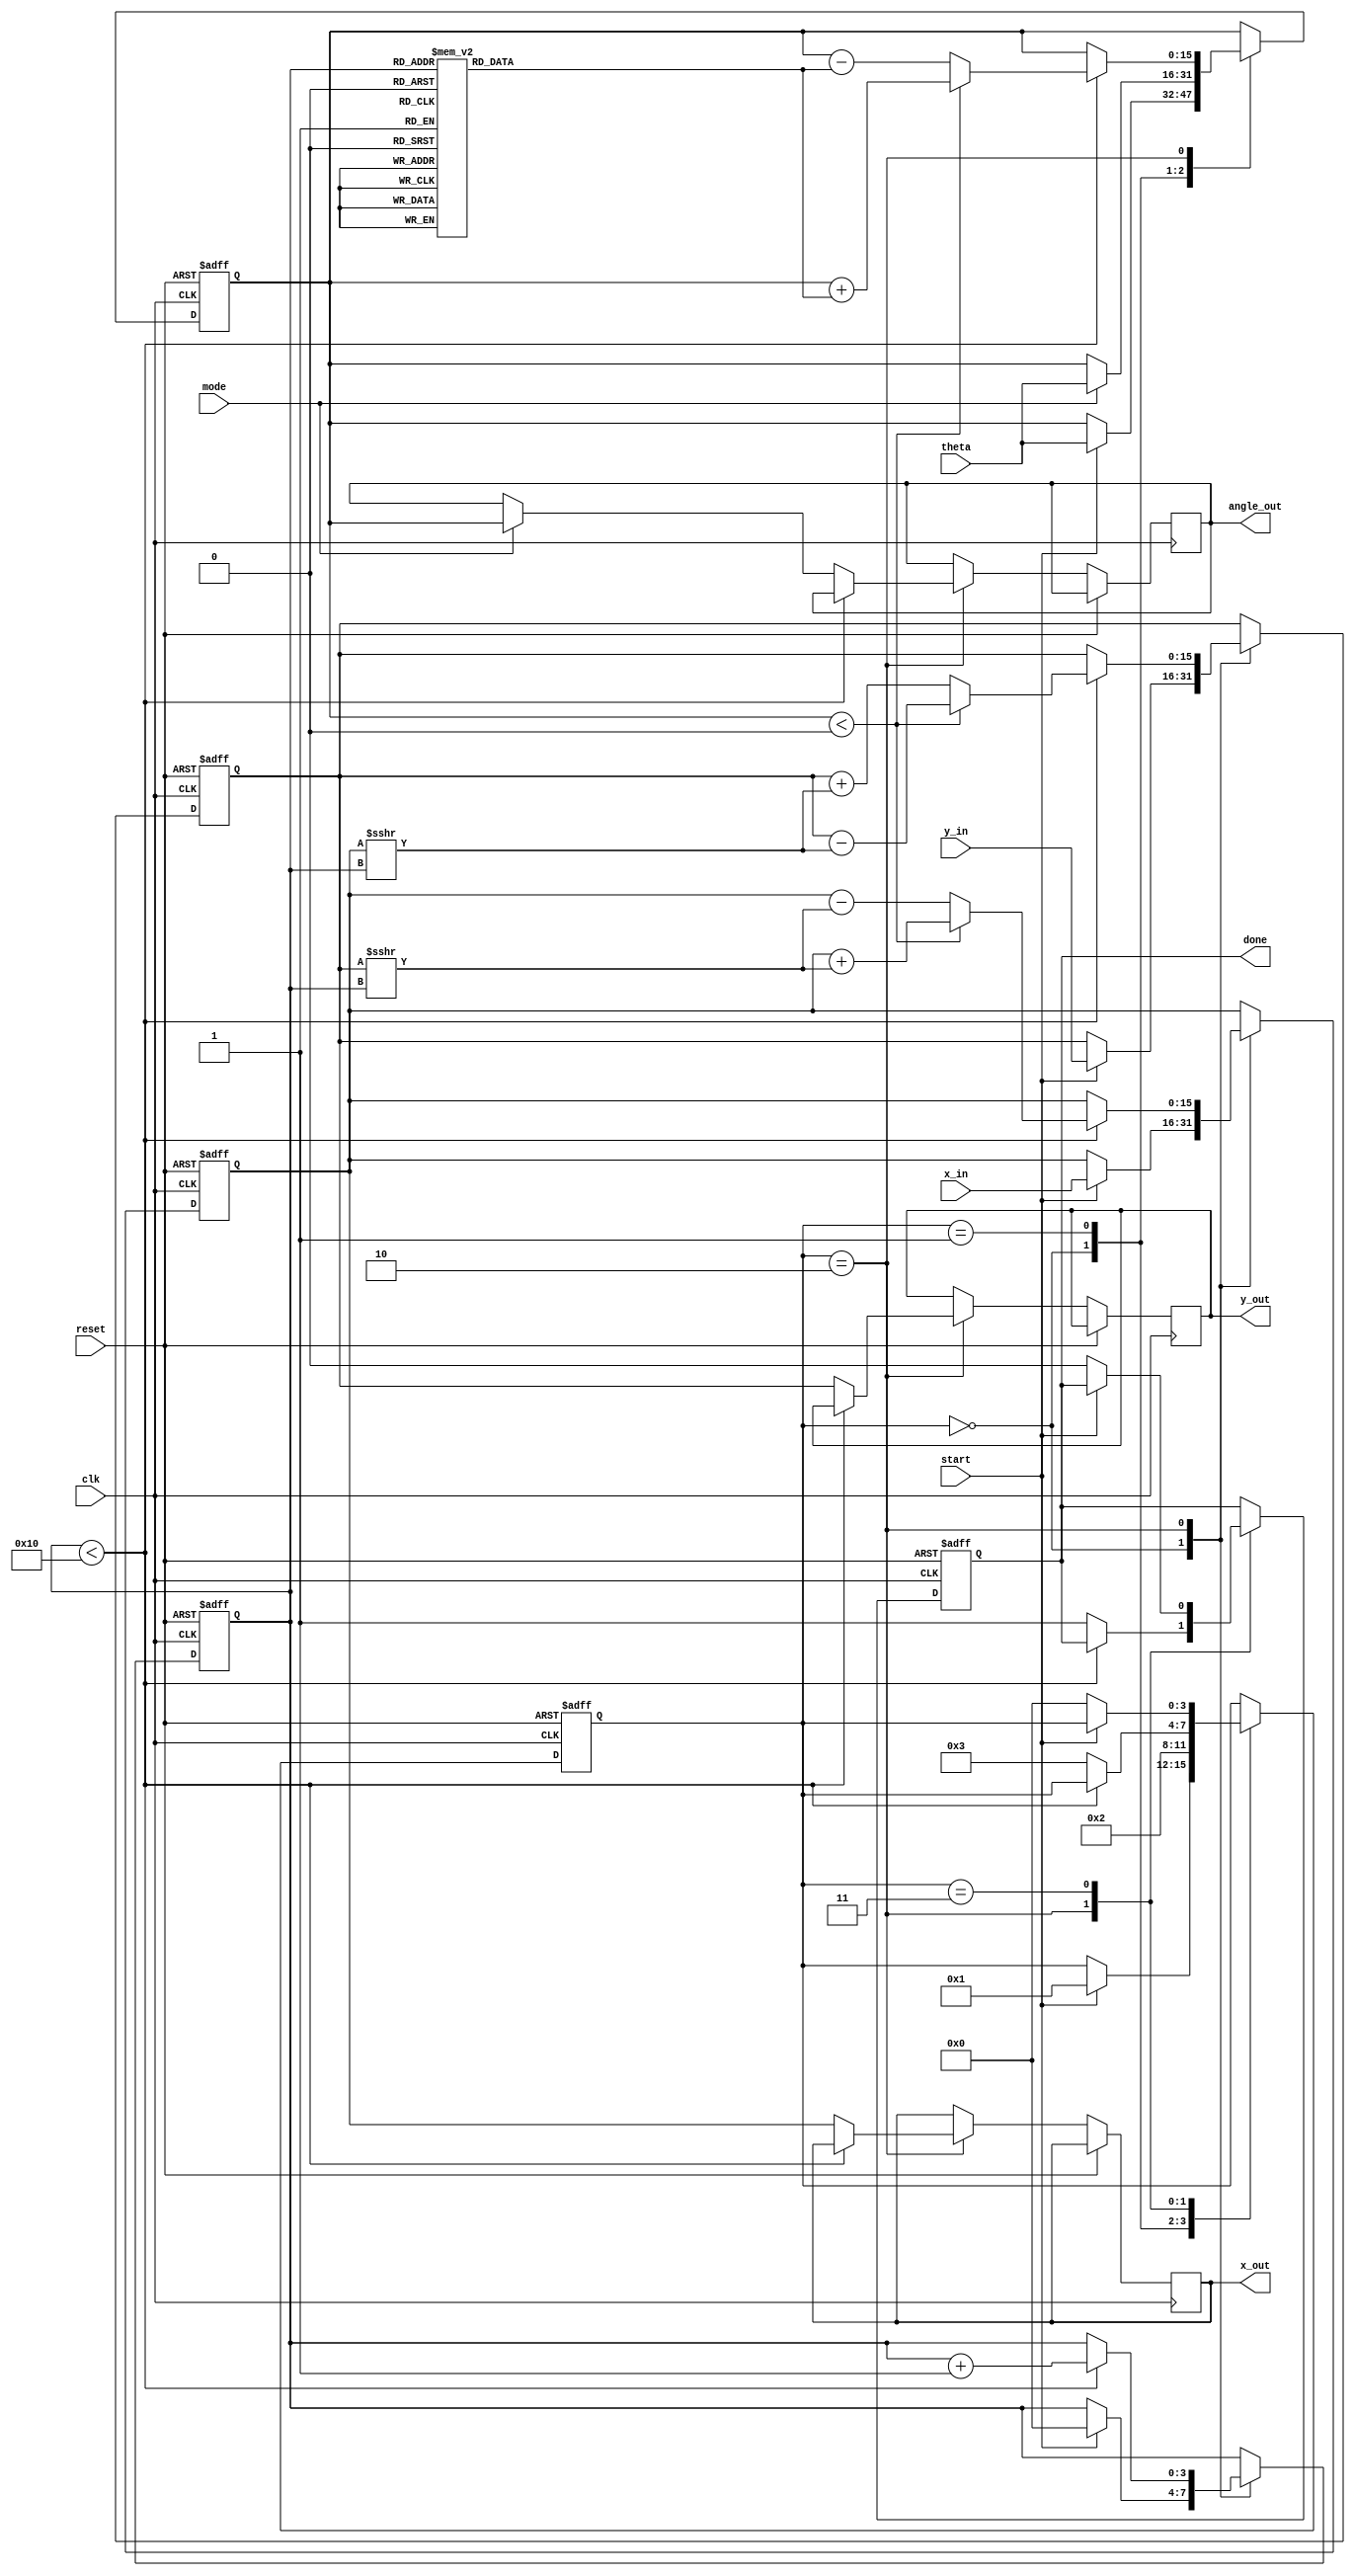
module modified_cordic (
    input wire clk,
    input wire reset,
    input wire start,
    input wire [15:0] theta, // Input angle in fixed-point format
    input wire [15:0] x_in,  // Initial X vector
    input wire [15:0] y_in,  // Initial Y vector
    input wire mode,         // 0 for rotation, 1 for vectoring
    output reg [15:0] x_out, // Output X
    output reg [15:0] y_out, // Output Y
    output reg [15:0] angle_out, // Output angle (for vectoring mode)
    output reg done          // Computation done signal
);

    // CORDIC parameters
    parameter NUM_ITERATIONS = 16; // Number of iterations
    reg [15:0] atan_table [0:NUM_ITERATIONS-1]; // Lookup table for arctangent values
    reg [15:0] x, y, z; // Internal registers for X, Y, and Z (angle)
    reg [3:0] state; // FSM state
    reg [3:0] iteration; // Iteration counter

    // Initialize arctangent values (in fixed-point format)
    initial begin
        atan_table[0] = 16'h2000; // atan(2^0) = 0.7854 (approx)
        atan_table[1] = 16'h1400; // atan(2^-1) = 0.4636 (approx)
        atan_table[2] = 16'h0A00; // atan(2^-2) = 0.2449 (approx)
        // ... Fill in the rest of the atan_table values
        atan_table[3] = 16'h0500; // atan(2^-3)
        atan_table[4] = 16'h0280; // atan(2^-4)
        atan_table[5] = 16'h0140; // atan(2^-5)
        atan_table[6] = 16'h00A0; // atan(2^-6)
        atan_table[7] = 16'h0050; // atan(2^-7)
        atan_table[8] = 16'h0028; // atan(2^-8)
        atan_table[9] = 16'h0014; // atan(2^-9)
        atan_table[10] = 16'h000A; // atan(2^-10)
        atan_table[11] = 16'h0005; // atan(2^-11)
        atan_table[12] = 16'h0002; // atan(2^-12)
        atan_table[13] = 16'h0001; // atan(2^-13)
        atan_table[14] = 16'h0001; // atan(2^-14)
        atan_table[15] = 16'h0000; // atan(2^-15)
    end

    // FSM states
    localparam IDLE = 0, INIT = 1, COMPUTE = 2, DONE = 3;

    // Sequential logic for state transitions and computations
    always @(posedge clk or posedge reset) begin
        if (reset) begin
            state <= IDLE;
            done <= 0;
            iteration <= 0;
            x <= 0;
            y <= 0;
            z <= 0;
        end else begin
            case (state)
                IDLE: begin
                    if (start) begin
                        x <= x_in;
                        y <= y_in;
                        z <= theta;
                        iteration <= 0;
                        state <= INIT;
                    end
                end

                INIT: begin
                    // Initialize for computation
                    if (mode == 0) begin // Rotation mode
                        // No additional initialization needed
                        state <= COMPUTE;
                    end else begin // Vectoring mode
                        // Set initial angle for vectoring
                        z <= theta;
                        state <= COMPUTE;
                    end
                end

                COMPUTE: begin
                    if (iteration < NUM_ITERATIONS) begin
                        if (z < 0) begin
                            // Perform rotation in the negative direction
                            x <= x + (y >>> iteration);
                            y <= y - (x >>> iteration);
                            z <= z + atan_table[iteration];
                        end else begin
                            // Perform rotation in the positive direction
                            x <= x - (y >>> iteration);
                            y <= y + (x >>> iteration);
                            z <= z - atan_table[iteration];
                        end
                        iteration <= iteration + 1;
                    end else begin
                        // Finished iterations
                        if (mode == 0) begin
                            // Rotation mode: output x and y
                            x_out <= x;
                            y_out <= y;
                        end else begin
                            // Vectoring mode: output angle and magnitude
                            angle_out <= z;
                            x_out <= x;
                            y_out <= y;
                        end
                        done <= 1;
                        state <= DONE;
                    end
                end

                DONE: begin
                    // Wait for reset or new start signal
                    if (!start) begin
                        done <= 0;
                        state <= IDLE;
                    end
                end
            endcase
        end
    end

endmodule